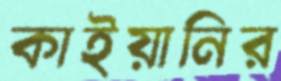
কাইয়ানির